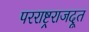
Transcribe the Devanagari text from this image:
परराष्ट्रराजदूत